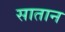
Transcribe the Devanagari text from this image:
सातान